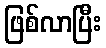
ဖြစ်လာပြီး